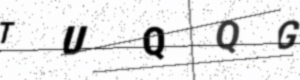
Text: TUQQG